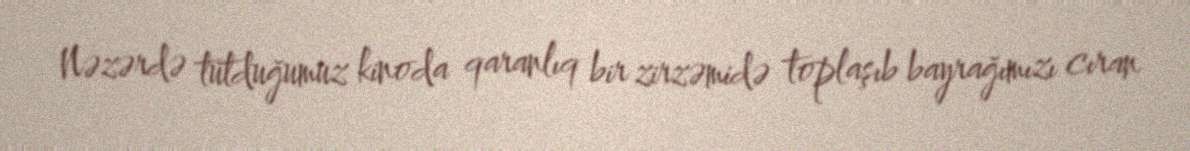
Nəzərdə tutduğumuz kinoda qaranlıq bir zirzəmidə toplaşıb bayrağımızı cıran